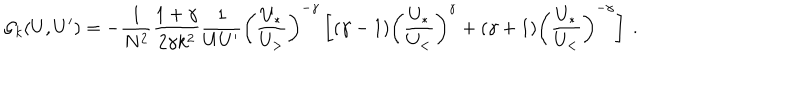
{ \cal G } _ { k } ( U , U ^ { \prime } ) = - \frac { 1 } { N ^ { 2 } } \frac { 1 + \gamma } { 2 \gamma k ^ { 2 } } \frac { 1 } { U U ^ { \prime } } \left( \frac { U _ { * } } { U _ { > } } \right) ^ { - \gamma } \left[ ( \gamma - 1 ) \left( \frac { U _ { * } } { U _ { < } } \right) ^ { \gamma } + ( \gamma + 1 ) \left( \frac { U _ { * } } { U _ { < } } \right) ^ { - \gamma } \right] ~ .